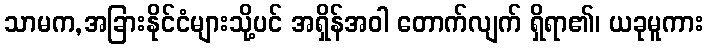
သာမက,အခြားနိုင်ငံများသို့ပင် အရှိန်အဝါ တောက်လျက် ရှိရာ၏၊ ယခုမူကား